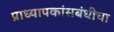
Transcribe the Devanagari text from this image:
प्राध्यापकांसबंधीचा